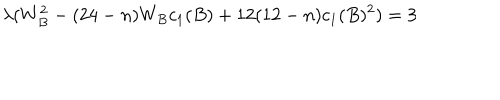
\lambda ( W _ { B } ^ { 2 } - ( 2 4 - n ) W _ { B } c _ { 1 } ( B ) + 1 2 ( 1 2 - n ) c _ { 1 } ( B ) ^ { 2 } ) = 3